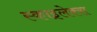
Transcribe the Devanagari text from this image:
स्काइलेक्स